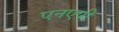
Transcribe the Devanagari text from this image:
एनएपी